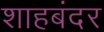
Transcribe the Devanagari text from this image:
शाहबंदर